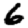
Digit: 6